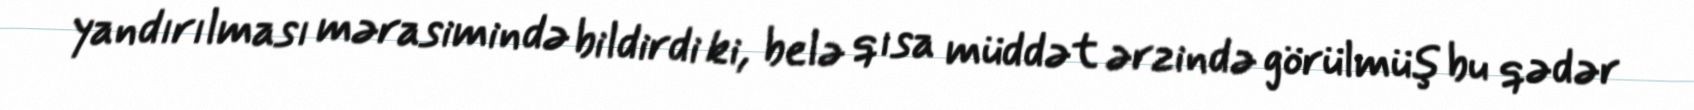
yandırılması mərasimində bildirdi ki, belə qısa müddət ərzində görülmüş bu qədər